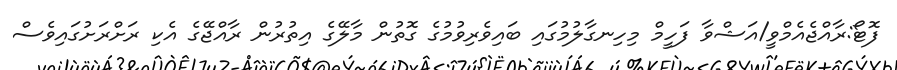
ފޮޓޯ:ރާއްޖެއެމްވީ/އަޝްވާ ފަހީމް މިހިނގާލުމުގައި ބައިވެރިވުމުގެ ގޮތުން މާލޭގެ އިތުރުން ރާއްޖޭގެ އެކި ރަށްރަށުގައިވެސް